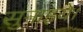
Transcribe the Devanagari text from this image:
सुनाइये।